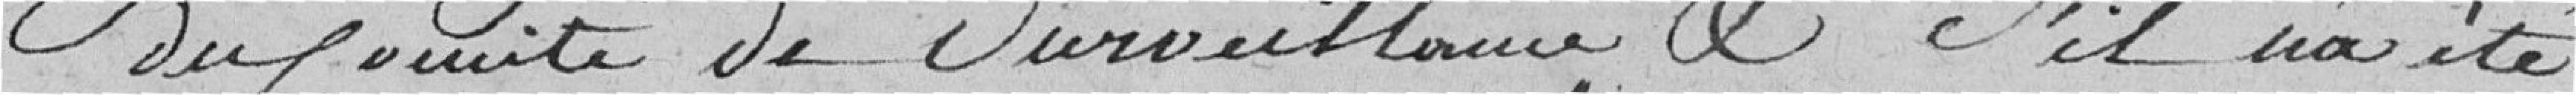
du Comité de Surveillance et s'il n'a été